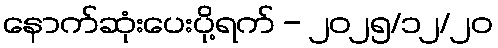
နောက်ဆုံးပေးပို့ရက် - ၂၀၂၅/၁၂/၂၀